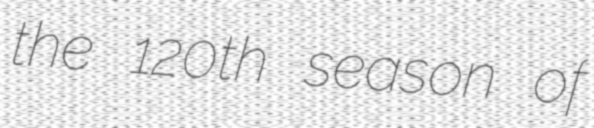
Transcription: the 120th season of